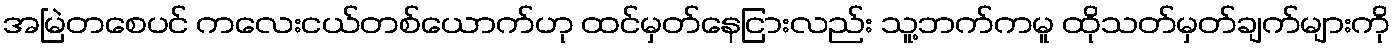
အမြဲတစေပင် ကလေးငယ်တစ်ယောက်ဟု ထင်မှတ်နေငြားလည်း သူ့ဘက်ကမူ ထိုသတ်မှတ်ချက်များကို